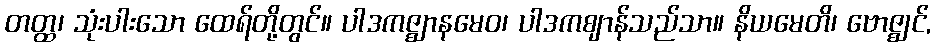
တတ္ထ၊ သုံးပါးသော ထေရ်တို့တွင်။ ပါဒကဇ္ဈာနမေဝ၊ ပါဒကဈာန်သည်သာ။ နိယမေတိ၊ ဗောဇ္ဈင်,